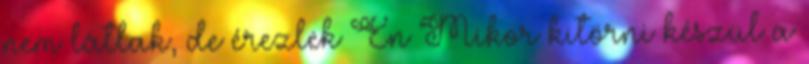
nem látlak, de érezlek Én Mikor kitörni készül a